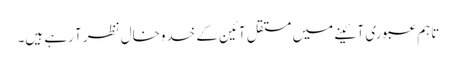
تاہم عبوری آئینے میں مستقل آئین کے خدوخال نظر آ رہے ہیں۔